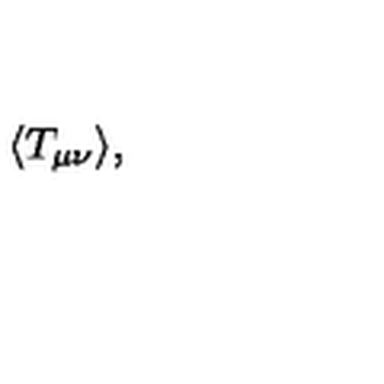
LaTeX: \: \langle T _ { \mu \nu } \rangle , \: